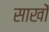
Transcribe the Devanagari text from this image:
साखों